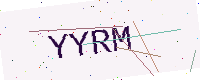
Text: YYRM